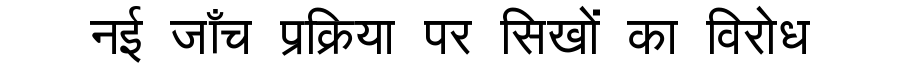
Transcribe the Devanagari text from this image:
नई जाँच प्रक्रिया पर सिखों का विरोध